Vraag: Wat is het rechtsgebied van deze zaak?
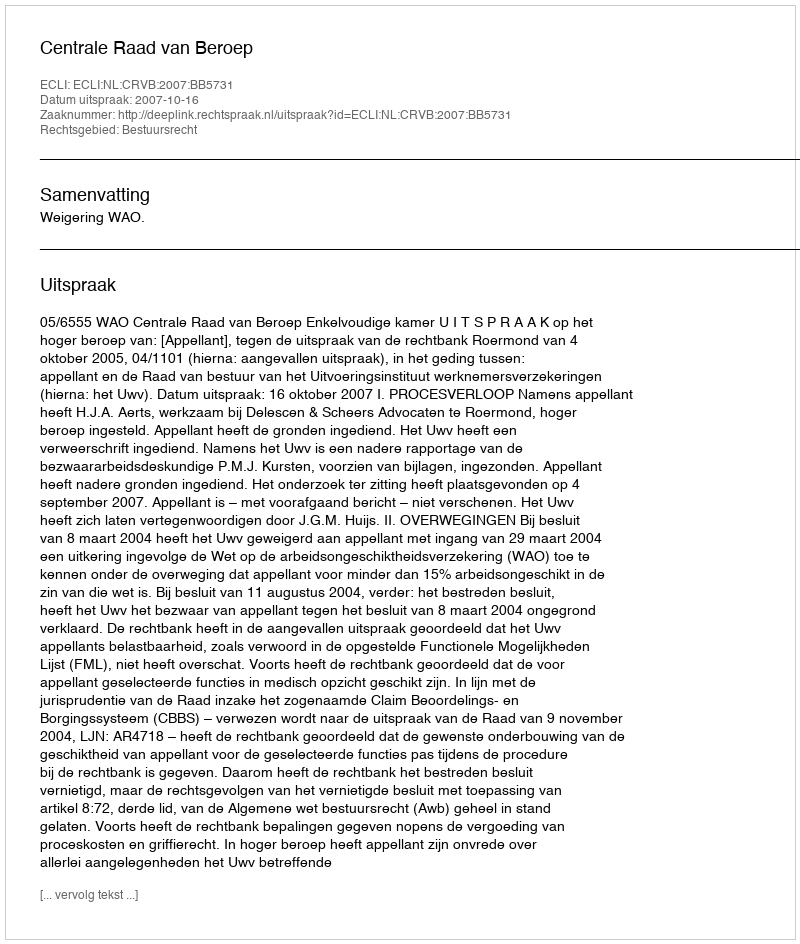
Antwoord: Bestuursrecht